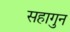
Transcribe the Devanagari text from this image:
सहागुन